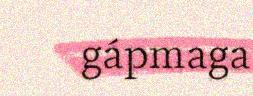
gápmaga